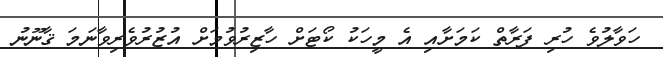
ހަވާލުވެ ހުރި ފަރާތް ކަމަށާއި އެ މީހަކު ކޯޓަށް ހާޒިރުވުމަށް އުޒުރުވެރިވާނަމަ ޤާނޫނު